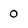
Character: 0